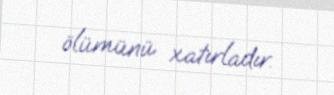
ölümünü xatırladır.